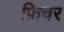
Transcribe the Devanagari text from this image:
फ़िचर